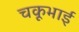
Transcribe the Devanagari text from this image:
चकूभाई